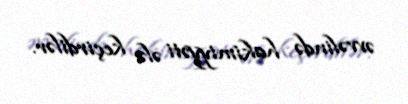
əvvəlində hakimiyyəti ələ keçirdilər.